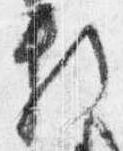
頼